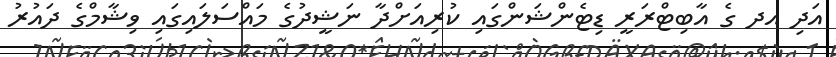
އަދި އދ ގެ އާބިޓްރަރީ ޑިޓެންޝަންގައި ކުރިއަށްދާ ނަޝީދުގެ މައްސަލައިގައި ވިޝާމްގެ ދައުރު